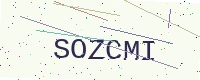
Text: SOZCMI